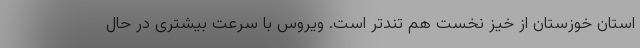
استان خوزستان از خیز نخست هم تندتر است. ویروس با سرعت بیشتری در حال